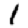
Digit: 1